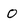
Character: 0